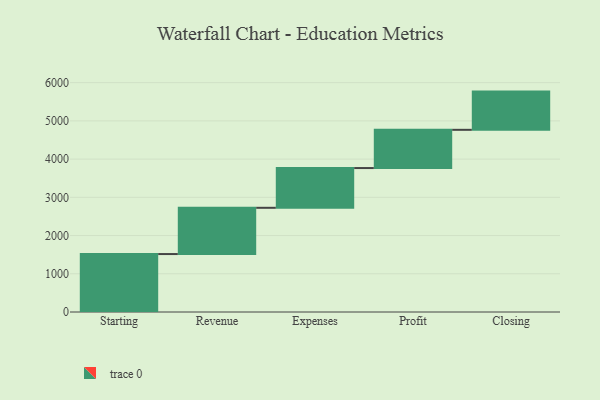
{"axis": {"x": "Step", "y": "Value"}, "legend": [""], "data": [{"x": "Starting", "y": 1516.0, "type": ""}, {"x": "Revenue", "y": 1210.0, "type": ""}, {"x": "Expenses", "y": 1040.0, "type": ""}, {"x": "Profit", "y": 1000, "type": ""}, {"x": "Closing", "y": 1000, "type": ""}]}